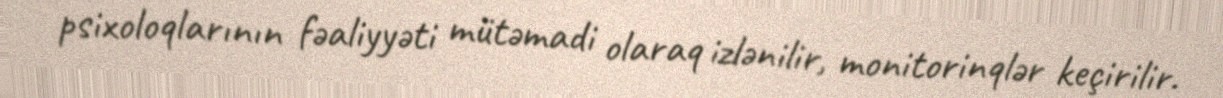
psixoloqlarının fəaliyyəti mütəmadi olaraq izlənilir, monitorinqlər keçirilir.